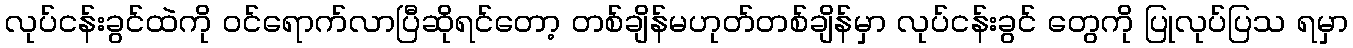
လုပ်ငန်းခွင်ထဲကို ဝင်ရောက်လာပြီဆိုရင်တော့ တစ်ချိန်မဟုတ်တစ်ချိန်မှာ လုပ်ငန်းခွင် တွေကို ပြုလုပ်ပြသ ရမှာ